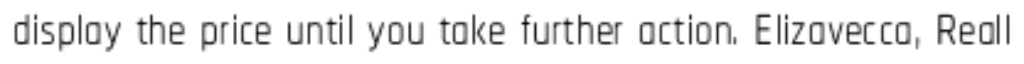
display the price until you take further action. Elizavecca, Reall